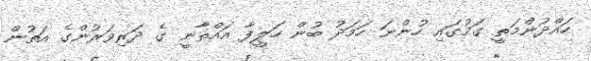
ހައްދުންމަތީ ގަމުގައި ހުންނަ ހަމަދު ބުން ހަލީފާ އައްޘާނީ ގެ ދަރިވަރުންގެ އަތުން